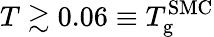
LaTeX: T\gtrsim 0.06\equiv T_{\mathrm{g}}^{\mathrm{SMC}}